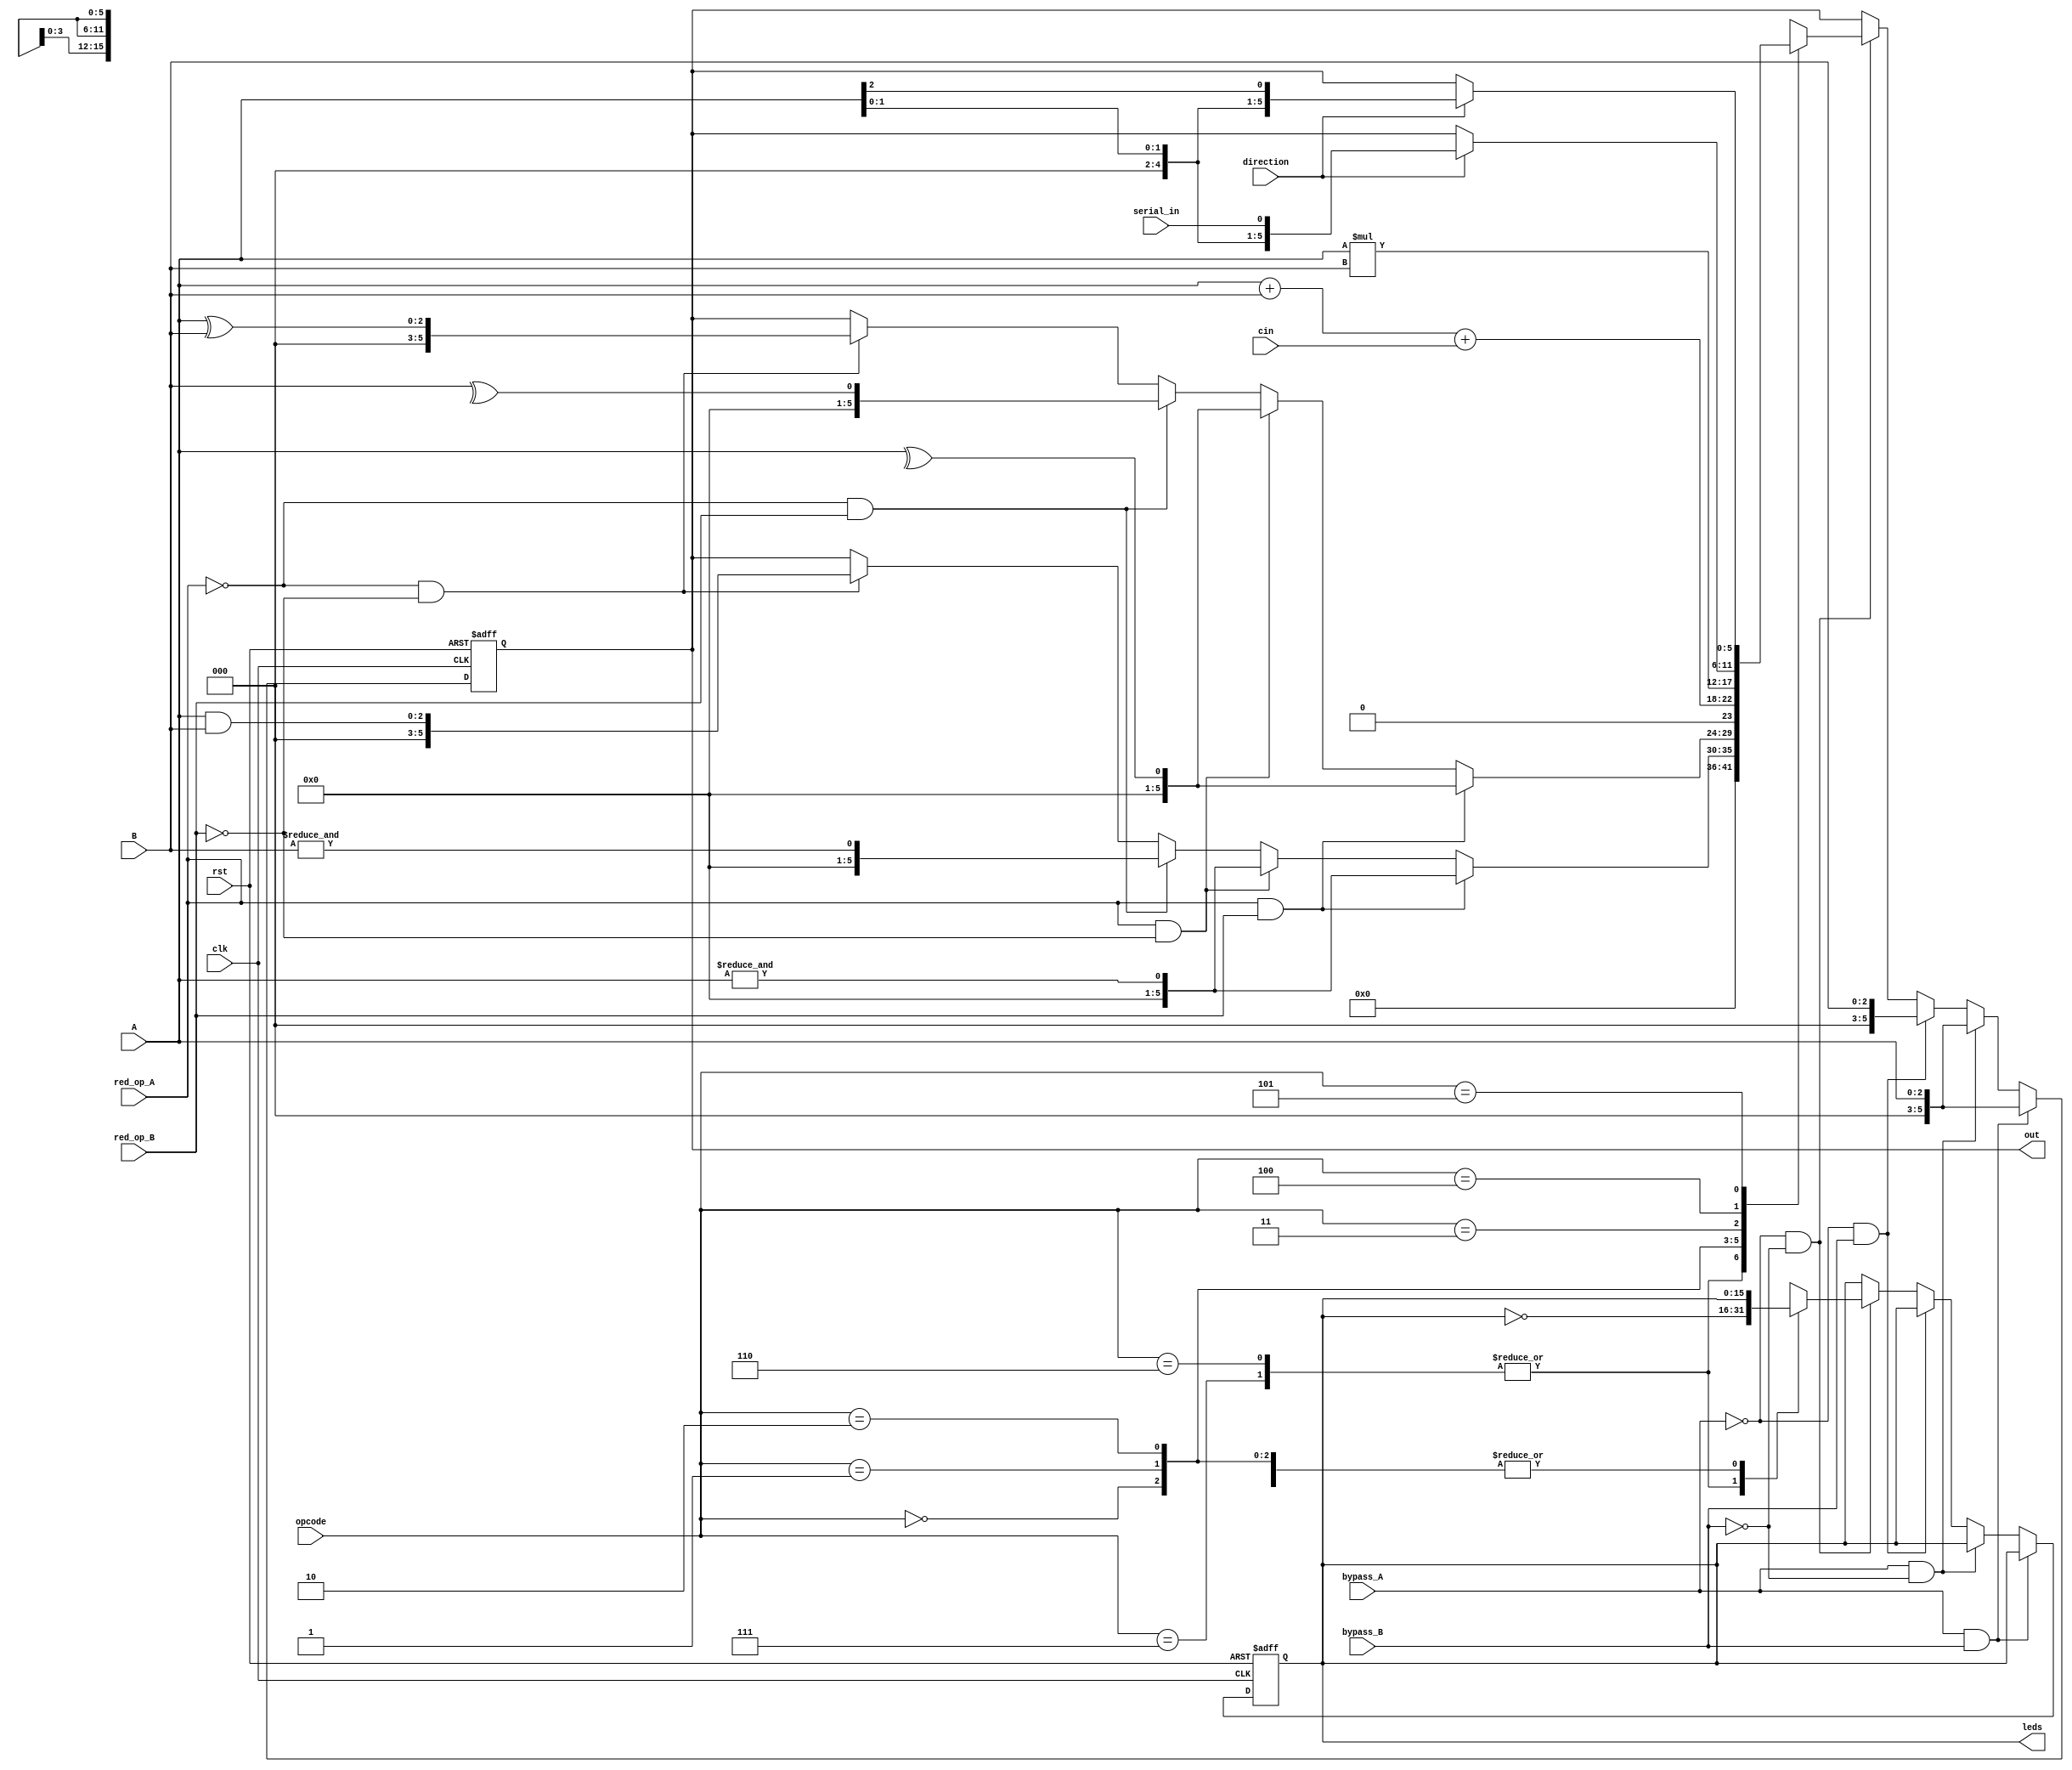
module alsu #(parameter FULL_ADDER="ON",parameter INPUT_PRIORITY="A")
(
A,B,opcode,cin,serial_in,direction,red_op_A,red_op_B,bypass_A,bypass_B,clk,rst,
out,leds);
input cin,serial_in,direction,red_op_A,red_op_B,bypass_A,bypass_B,clk,rst;
input [2:0] A,B,opcode;
output reg [5:0] out;
output reg [15:0] leds;
always@(posedge clk or posedge rst) begin
  if(rst) begin
    out=6'b000000;
    leds=16'b0000000000000000;
    end
  else
    if(bypass_A && bypass_B) begin
      if(INPUT_PRIORITY=="A")
        out=A;
      else if(INPUT_PRIORITY=="B")
        out=B;
      end
    else if(bypass_A && ~bypass_B)
      out=A;
    else if(~bypass_A && bypass_B)
      out=B;
    else if (~bypass_A && ~bypass_B) begin
      case(opcode)
        3'b111 : begin
          leds=~leds;
          out=6'b000000;
        end
        3'b110 : begin
          leds=~leds;
          out=6'b000000;
        end
        3'b000 : begin
          if(red_op_A && red_op_B) begin
            if(INPUT_PRIORITY=="A")
              out=&A;
            else if(INPUT_PRIORITY=="B")
              out=&B;
            end
          else if(red_op_A && ~red_op_B)
            out=&A;
          else if(~red_op_A && red_op_B)
            out=&B;
          else if(~red_op_A && ~red_op_B)
            out=A&B;
          end
        3'b001 : begin
          if(red_op_A && red_op_B) begin
            if(INPUT_PRIORITY=="A")
              out=^A;
            else if(INPUT_PRIORITY=="B")
              out=^B;
            end
          else if(red_op_A && ~red_op_B)
            out=^A;
          else if(~red_op_A && red_op_B)
            out=^B;
          else if(~red_op_A && ~red_op_B)
            out=A^B;
          end
//**************************
3'b010 : begin
  if(FULL_ADDER=="ON")
    out=A+B+cin;
  else if (FULL_ADDER=="OFF")
    out=A+B;
  end
//**************************
3'b011 : out=A*B;
//**************************
3'b100 : begin
  if(direction)
    if(INPUT_PRIORITY=="A")
      out={A[1],A[0],serial_in};
    else if (INPUT_PRIORITY=="B")
      out={B[1],B[0],serial_in};
  else
    if(INPUT_PRIORITY=="B")
      out={serial_in,A[2],A[1]};
    else if (INPUT_PRIORITY=="B")
      out={serial_in,A[2],A[1]};
    end
//**************************
3'b101 : begin
  if(direction)
    if(INPUT_PRIORITY=="A")
      out={A[1],A[0],A[2]};
    else if (INPUT_PRIORITY=="B")
      out={B[1],B[0],B[2]};
  else
    if(INPUT_PRIORITY=="B")
      out={A[0],A[2],A[1]};
    else if (INPUT_PRIORITY=="B")
      out={B[0],B[2],B[1]};
    end
//**************************
endcase
end
end
endmodule